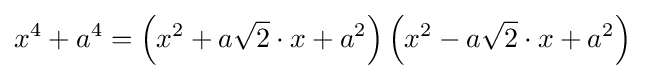
x^{4}+a^{4}=\left(x^{2}+a{\sqrt {2}}\cdot x+a^{2}\right)\left(x^{2}-a{\sqrt {2}}\cdot x+a^{2}\right)